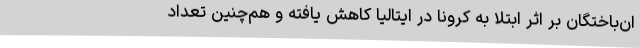
ان‌باختگان بر اثر ابتلا به کرونا در ایتالیا کاهش یافته و هم‌چنین تعداد